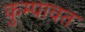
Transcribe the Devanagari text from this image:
कुम्पावत